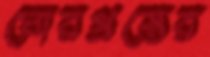
ঘোরগ্রস্তের